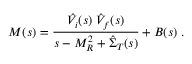
{ \cal M } ( s ) = \frac { \hat { V } _ { i } ( s ) \; \hat { V } _ { f } ( s ) } { s - M _ { R } ^ { 2 } + \hat { \Sigma } _ { T } ( s ) } + B ( s ) \; .